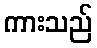
ကားသည်